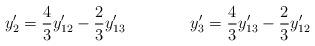
LaTeX: \begin{align*}y'_2 = {4\over 3} y'_{12} - {2 \over 3} y'_{13} \qquad \qquad y'_3 = {4\over 3} y'_{13} - {2 \over 3} y'_{12} \end{align*}